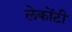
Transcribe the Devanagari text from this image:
लेकोंटी